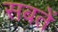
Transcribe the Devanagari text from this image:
सबतें